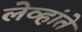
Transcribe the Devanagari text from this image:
लेव्हांते